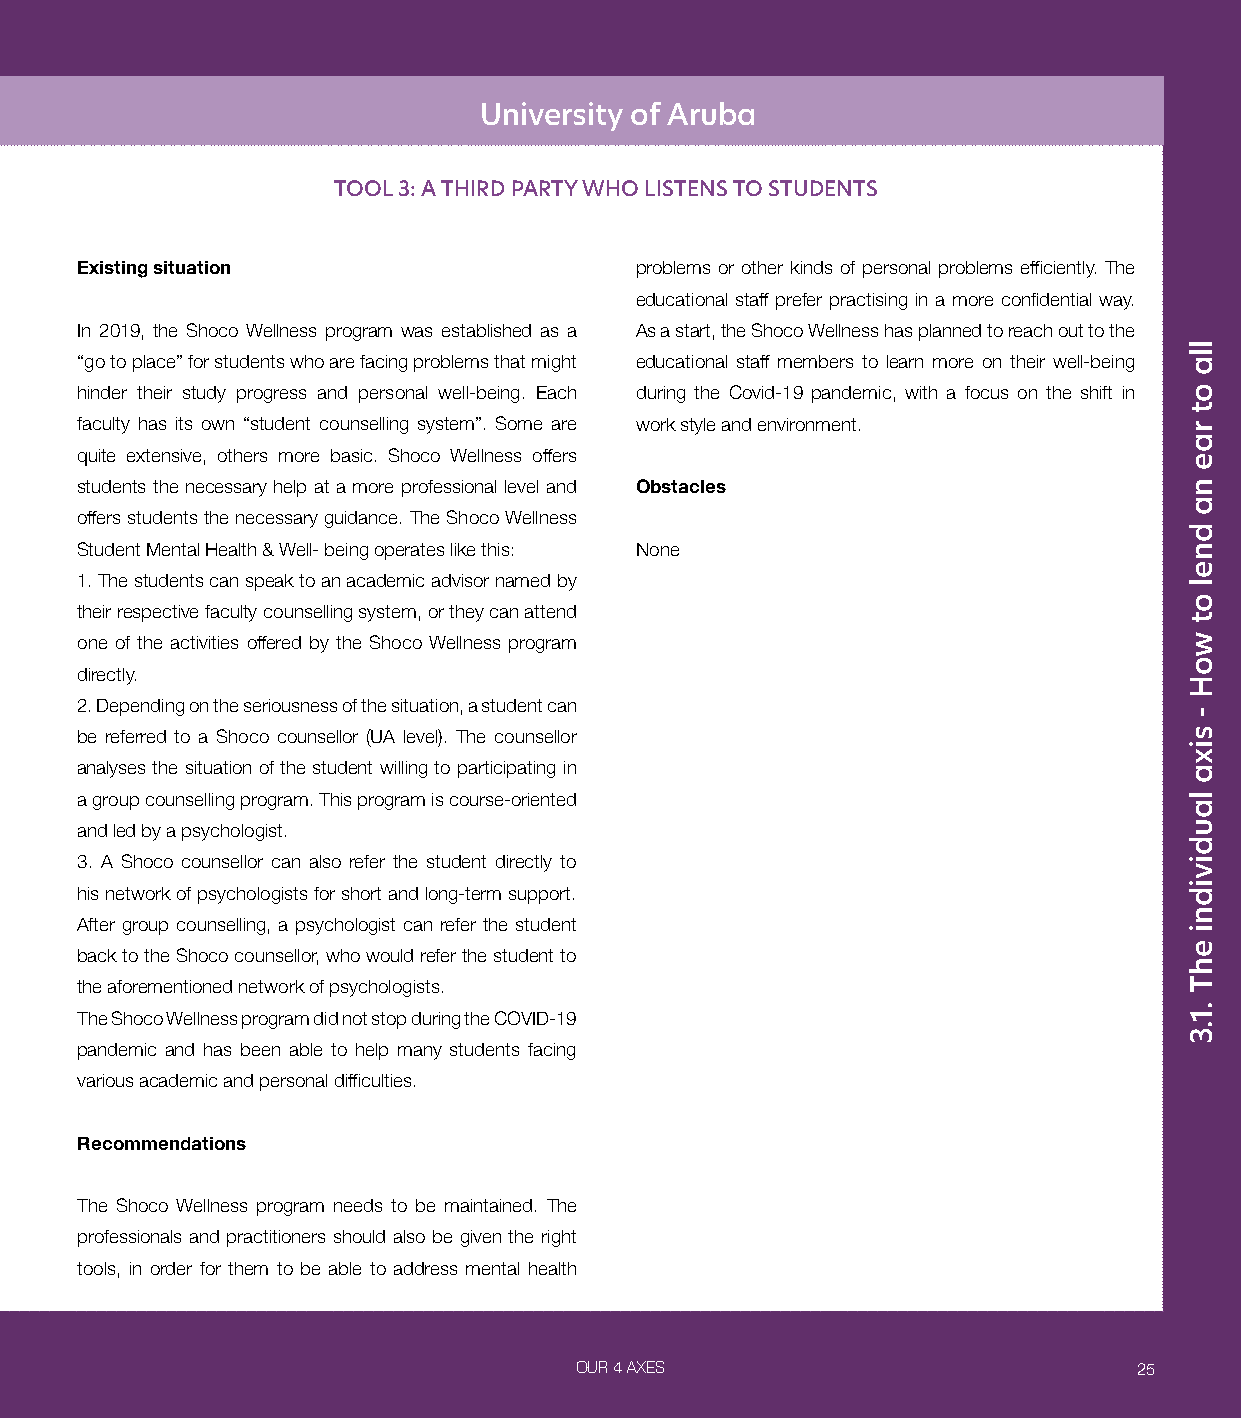
University of Aruba
 TOOL 3: A THIRD PARTY WHO LISTENS TO STUDENTS
 Existing situation                   problems or other kinds of personal problems efficiently. The
 educational staff prefer practising in a more confidential way.
 In 2019, the Shoco Wellness program was established as a As a start, the Shoco Wellness has planned to reach out to the
 “go to place” for students who are facing problems that might educational staff members to learn more on their well-being
 hinder their study progress and personal well-being. Each during the Covid-19 pandemic, with a focus on the shift in
 faculty has its own “student counselling system”. Some are work style and environment.
 quite extensive, others more basic. Shoco Wellness offers
 students the necessary help at a more professional level and Obstacles
 offers students the necessary guidance. The Shoco Wellness
 Student Mental Health & Well- being operates like this: None
 1. The students can speak to an academic advisor named by
 their respective faculty counselling system, or they can attend
 one of the activities offered by the Shoco Wellness program
 directly.
 2. Depending on the seriousness of the situation, a student can
 be referred to a Shoco counsellor (UA level). The counsellor
 analyses the situation of the student willing to participating in
 a group counselling program. This program is course-oriented
 and led by a psychologist.
 3. A Shoco counsellor can also refer the student directly to
 his network of psychologists for short and long-term support.
 After group counselling, a psychologist can refer the student
 back to the Shoco counsellor, who would refer the student to
 the aforementioned network of psychologists.
 The Shoco Wellness program did not stop during the COVID-19
 pandemic and has been able to help many students facing
 various academic and personal difficulties.
 Recommendations
 The Shoco Wellness program needs to be maintained. The
 professionals and practitioners should also be given the right
 tools, in order for them to be able to address mental health
 OUR 4 AXES                           25
 lla
 ot
 rae
 na
 dnel
 ot
 woH
 -
 sixa
 laudividni
 ehT
 .1.3